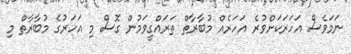
ނަމަވެސް އަހަރަކަށްވުރެ އަހަރެއް މުބާރާތް ތަރައްގީވަމުން ގޮސް މި އަހަރުގެ މުބާރާތް މި